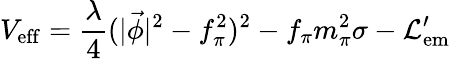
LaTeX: {V}_{\mathrm{eff}}={\frac{\lambda}{4}}(|\vec{\phi}|^{2}-f_{\pi}^{2})^{2}-f_{\pi}m_{\pi}^{2}\sigma-{\cal L}_{\mathrm{em}}^{\prime}